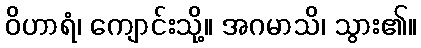
ဝိဟာရံ၊ ကျောင်းသို့။ အဂမာသိ၊ သွား၏။